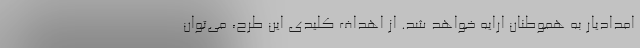
امدادیار به هموطنان ارایه خواهد شد. از اهداف کلیدی این طرح، می‌توان